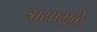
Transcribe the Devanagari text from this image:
त्रासामुळें